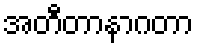
အတီတာနာဂတာ